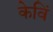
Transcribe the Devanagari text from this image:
केविं